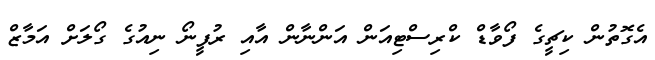
އެގޮތުން ކިޗީގެ ފޯވާޑް ކްރިސްޓިއަން އަންނާން އާއި ރުފީނޯ ނިއުގެ ގޯލަށް އަމާޒް